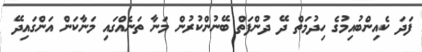
ފަދަ ކެއިންބުއިމުގެ ހިދުމަތް ދޭ ދުންފަތް ބޭނުންކުރުން މަނާ ތަނެއްގައި މަނާކަން އަންގައިދޭ